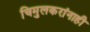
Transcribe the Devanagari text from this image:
चिमुलकरांनाही